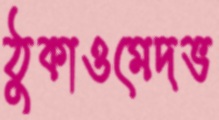
ঠুকাওমেদভ